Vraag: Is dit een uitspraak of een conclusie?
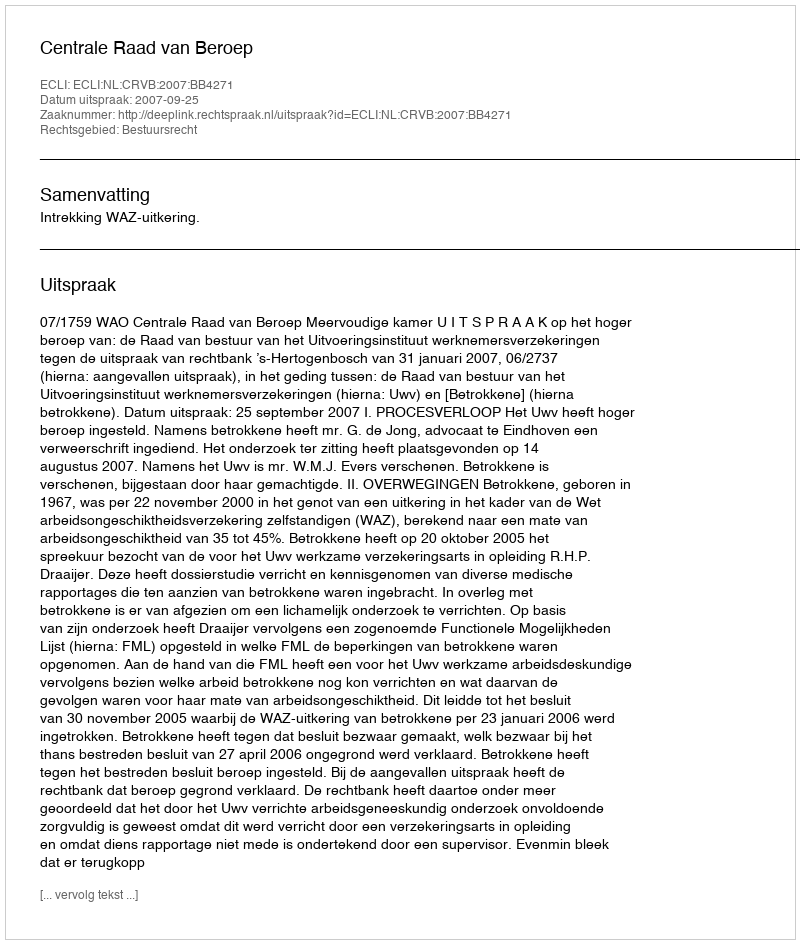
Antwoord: Uitspraak